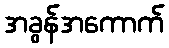
အခွန်အကောက်